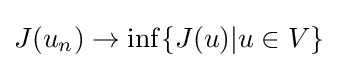
J(u_{n})\to \inf\{J(u)|u\in V\}